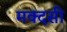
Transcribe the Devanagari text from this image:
मक्दसी